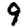
Digit: 9